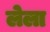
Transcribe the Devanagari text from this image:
लेला